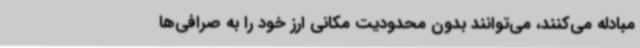
مبادله می‌کنند، می‌توانند بدون محدودیت مکانی ارز خود را به صرافی‌ها